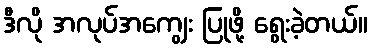
ဒီလို အလုပ်အကျွေး ပြုဖို့ ရွေးခဲ့တယ်။